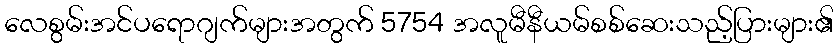
လေစွမ်းအင်ပရောဂျက်များအတွက် 5754 အလူမီနီယမ်စစ်ဆေးသည့်ပြားများ၏